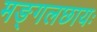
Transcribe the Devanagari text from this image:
मङ्गलछायः